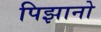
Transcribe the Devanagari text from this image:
पिझानो